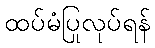
ထပ်မံပြုလုပ်ရန်